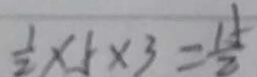
\frac { 1 } { 2 } \times 5 \times 3 = \frac { 1 5 } { 2 }